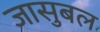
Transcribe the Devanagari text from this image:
जासुबल